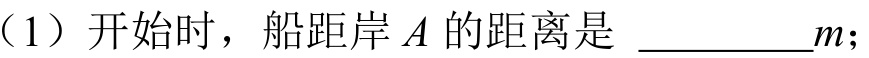
（1）开始时，船距岸 \(A\) 的距离是 \_\_\_\_\_\_\(m\);